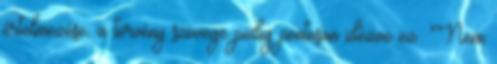
értelmezése, a törvény szövege pedig pontosan idézve ez: "Nem